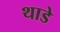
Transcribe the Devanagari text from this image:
थाडे